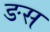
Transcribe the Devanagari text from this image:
ङस